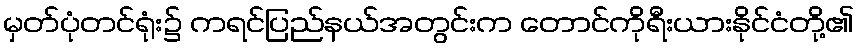
မှတ်ပုံတင်ရုံး၌ ကရင်ပြည်နယ်အတွင်းက တောင်ကိုရီးယားနိုင်ငံတို့၏